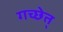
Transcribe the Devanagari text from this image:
गच्छेत्